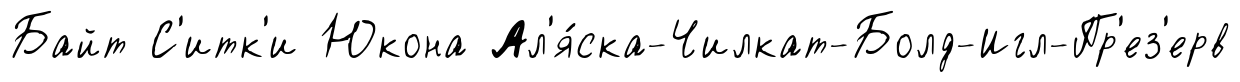
Байт С'итк'и Юкона Ал'я́ска-Чилкат-Болд-Игл-Пр'ез'ерв